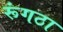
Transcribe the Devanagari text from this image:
रूंगठा